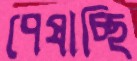
পেষাচ্ছি